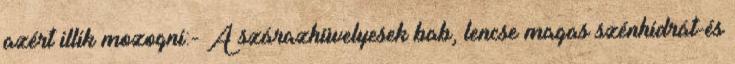
azért illik mozogni:- A szárazhüvelyesek bab, lencse magas szénhidrát-és